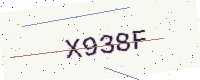
Text: X938F